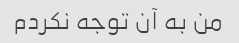
من به آن توجه نکردم